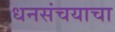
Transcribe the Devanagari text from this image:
धनसंचयाचा